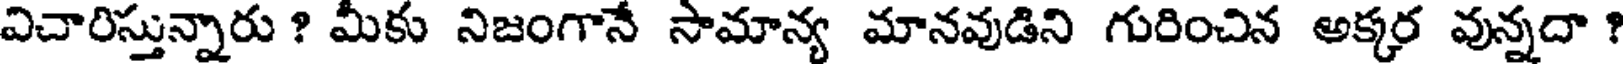
విచారిస్తున్నారు ? మీకు నిజంగానే సామాన్య మానవుడిని గురించిన అక్కర వున్నదా ?